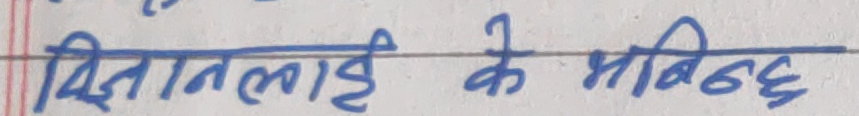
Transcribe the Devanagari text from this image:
जितनलाई के भनिन्छ